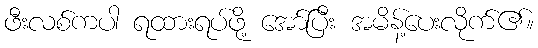
ဖီးလစ်ကပါ ရထားရပ်ဖို့ အော်ပြီး အမိန့်ပေးလိုက်၏။